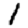
Digit: 1